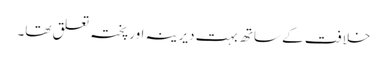
خلافت کے ساتھ بہت دیرینہ اور پختہ تعلق تھا۔